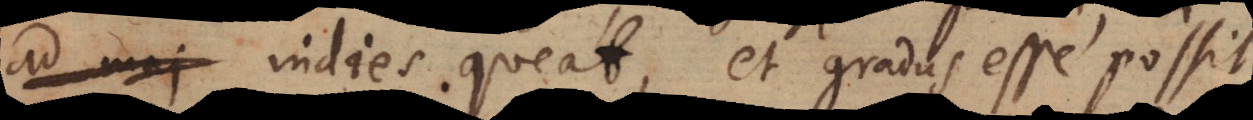
maj indies queat, et gradus esse possit